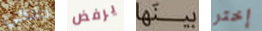
ملاكي يرفض بينها إختر